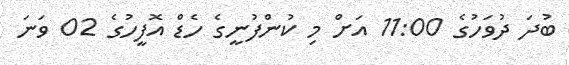
ބުދަ ދުވަހުގެ 11:00 އަށް މި ކުންފުނީގެ ހެޑް އޮފީހުގެ 02 ވަނަ